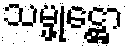
သမ္ဖုဋ္ဌော